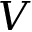
V